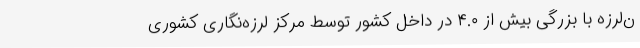
ن‌لرزه با بزرگی بیش از ۴.۰ در داخل کشور توسط مرکز لرزه‌نگاری کشوری